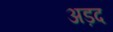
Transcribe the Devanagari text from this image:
अड़द